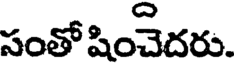
సంతో షించెదరు.